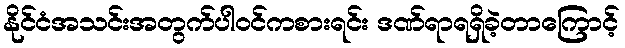
နိုင်ငံအသင်းအတွက်ပါဝင်ကစားရင်း ဒဏ်ရာရရှိခဲ့တာကြောင့်